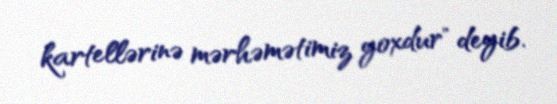
kartellərinə mərhəmətimiz yoxdur" deyib.